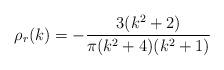
LaTeX: \begin{align*}\rho_{r}(k) = - {{3 (k^2 + 2)} \over {\pi (k^2 + 4) (k^2 + 1)}}\end{align*}